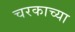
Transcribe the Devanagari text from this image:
चरकाच्या